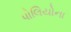
પોલિયોના